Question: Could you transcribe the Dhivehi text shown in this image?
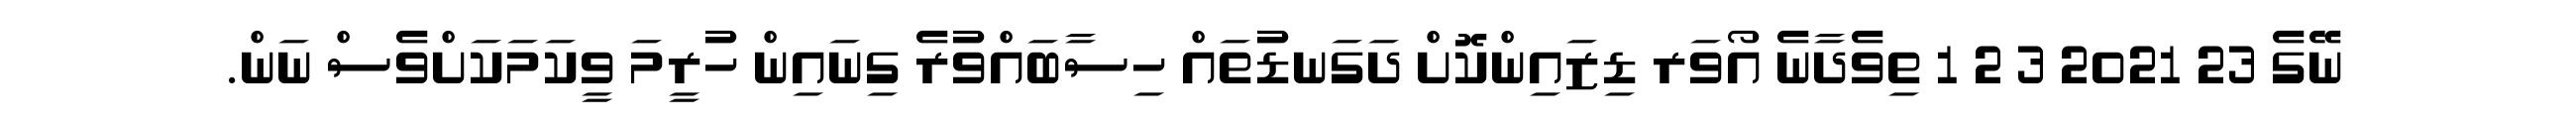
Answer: ނޭގެ 23 2021 3 2 1 ތިވެދާނެ އޯވަރ ޑިޒައިންކޮށް ދަގަނޑުތައް ހިސާބައްވުރެ ގިނައިން ހުރީމަ ވީކަމަކަށްވެސް ނަން.